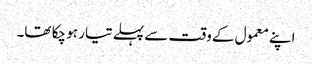
اپنے معمول کے وقت سے پہلے تیار ہو چکا تھا۔